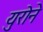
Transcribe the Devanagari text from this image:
युरोने